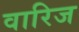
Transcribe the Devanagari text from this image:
वारिज